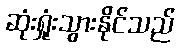
ဆုံးရှုံးသွားနိုင်သည်